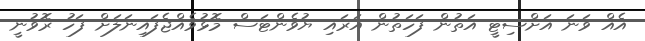
އެއް ވަނަ އަށްސިޓީ އަތުން ފަހަތުން އަރައި ޔުވެންޓަސް މޮޅުވެއްޖެފައިނަލަށް ފަހު ރޮވުނީ